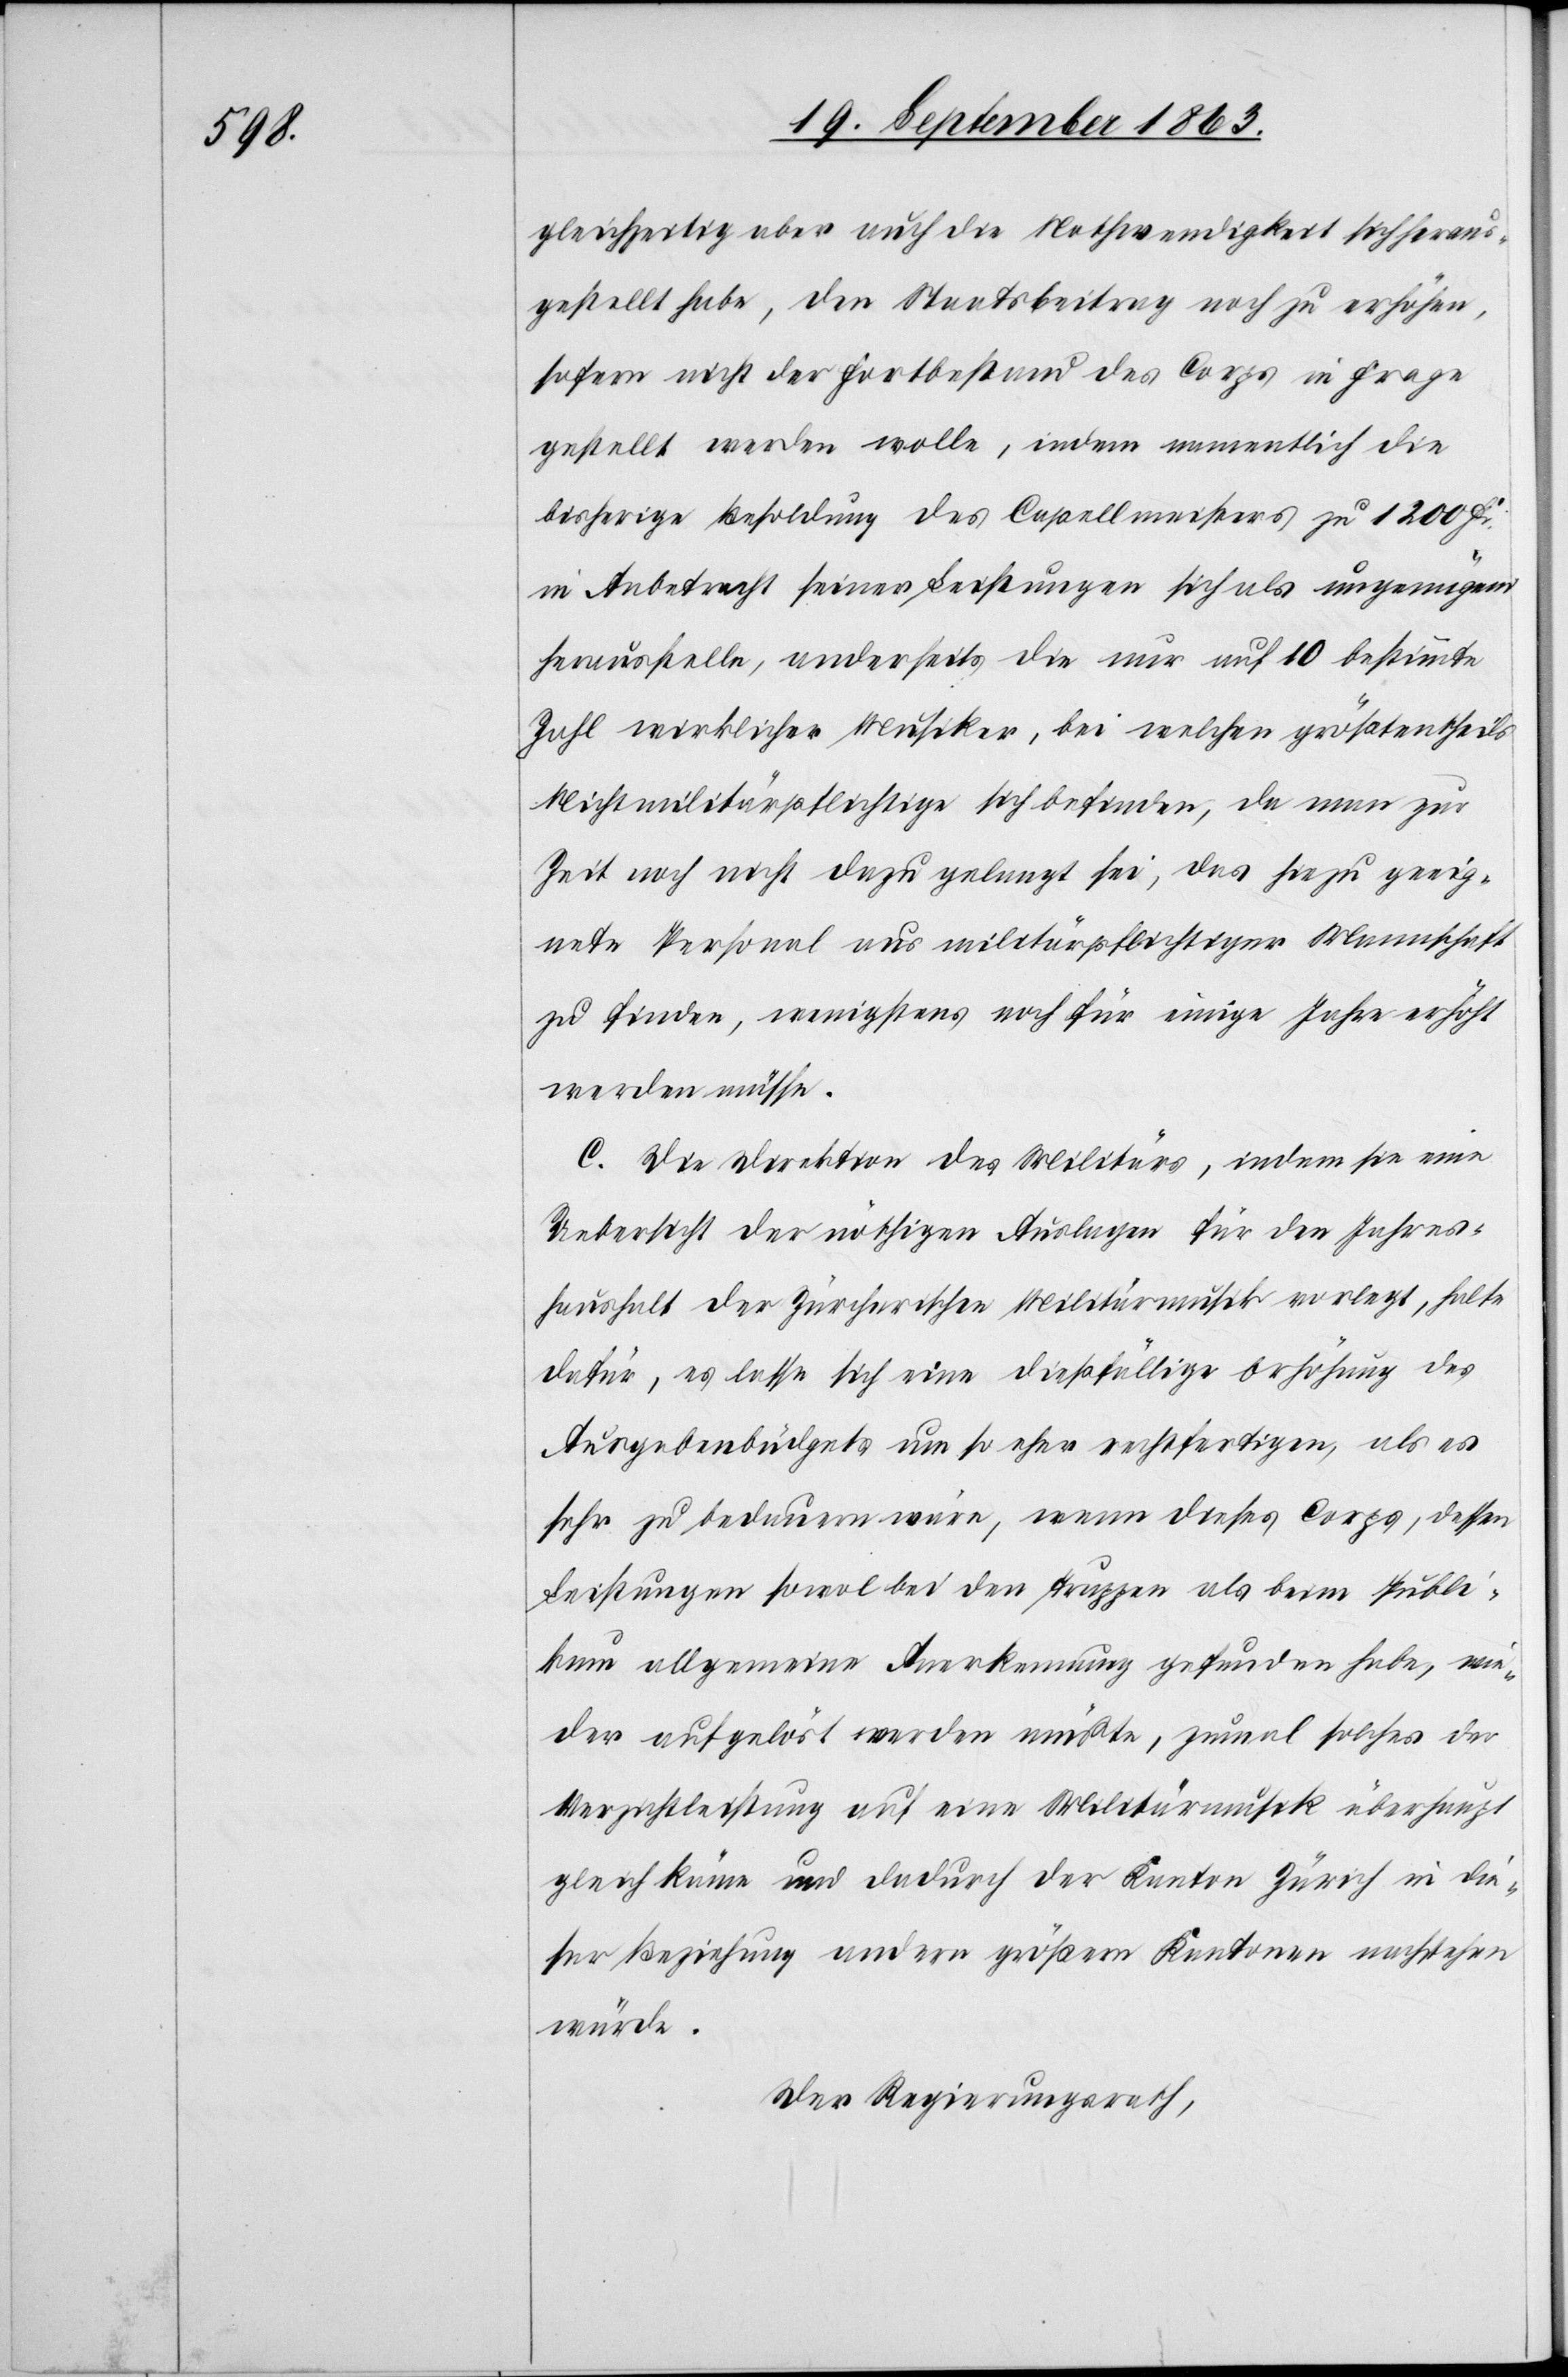
gleichzeitig aber auch die Nothwendigkeit sich heraus¬
gestellt habe, den Staatsbeitrag noch zu erhöhen,
sofern nicht der Fortbestand des Corps in Frage
gestellt werden wolle, indem namentlich die
bisherige Besoldung des Capellmeisters zu 1200 Fr.
in Anbetracht seiner Leistungen sich als ungenügend
herausstelle, anderseits die nur auf 10 bestimmte
Zahl wirklicher Musiker, bei welchen größtentheils
Nichtmilitärpflichtige sich befinden, da man zur
Zeit noch nicht dazu gelangt sei, das hiezu geeig¬
nete Personal aus militärpflichtiger Mannschaft
zu finden, wenigstens noch für einige Jahre erhöht
werden müsse.
C. Die Direktion des Militärs, indem sie eine
Uebersicht der nöthigen Auslagen für den Jahres¬
haushalt der Zürcherischen Militärmusik vorlegt, halte
dafür, es lasse sich eine dießfällige Erhöhung des
Ausgabenbüdgets um so eher rechtfertigen, als es
sehr zu bedauern wäre, wenn dieses Corps, dessen
Leistungen sowol bei den Truppen als beim Publi¬
kum allgemeine Anerkennung gefunden habe, wie¬
der aufgelöst werden müßte, zumal solches der
Verzichtleistung auf eine Militärmusik überhaupt
gleich käme und dadurch der Kanton Zürich in die¬
ser Beziehung andern größern Kantonen nachstehen
würde.
Der Regierungsrath,